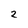
Character: 2